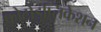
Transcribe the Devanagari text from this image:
फोटोडुप्लिकेशन